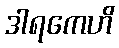
ဒါရကေဟိ